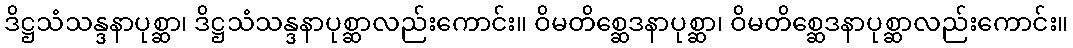
ဒိဋ္ဌသံသန္ဒနာပုစ္ဆာ၊ ဒိဋ္ဌသံသန္ဒနာပုစ္ဆာလည်းကောင်း။ ဝိမတိစ္ဆေဒနာပုစ္ဆာ၊ ဝိမတိစ္ဆေဒနာပုစ္ဆာလည်းကောင်း။